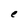
Character: e